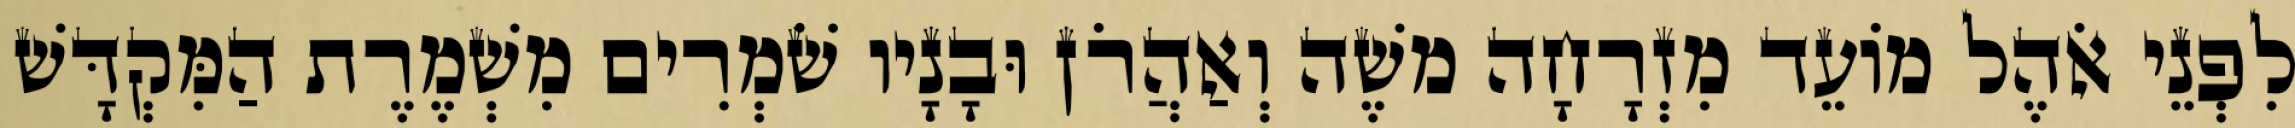
לִפְנֵי אֹהֶל מוֹעֵד מִזְרָחָה משֶׁה וְאַהֲרֹן וּבָנָיו שֹׁמְרִים מִשְׁמֶרֶת הַמִּקְדָּשׁ